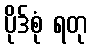
ပိုဒ်စုံ ရတု